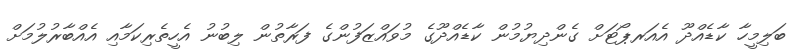
ބަލިމީހާ ކާޑެއްދޫ އެއަރޕޯޓަށް ގެންދިޔުމުން ކާޑެއްދޫގެ މުވައްޒަފުންގެ ފަރާތުން ލިބުނު އެހީތެރިކަމާއި އެއްބާރުލުުމަށް